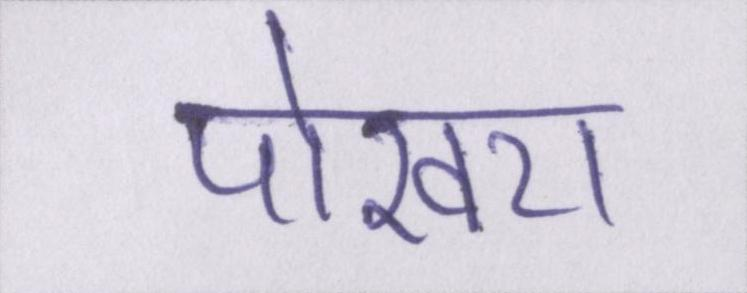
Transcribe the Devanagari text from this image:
पोखरा